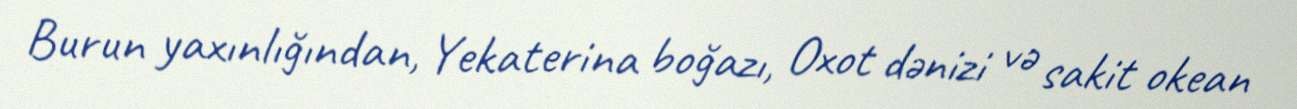
Burun yaxınlığından, Yekaterina boğazı, Oxot dənizi və sakit okean